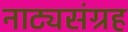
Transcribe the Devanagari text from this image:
नाट्यसंग्रह